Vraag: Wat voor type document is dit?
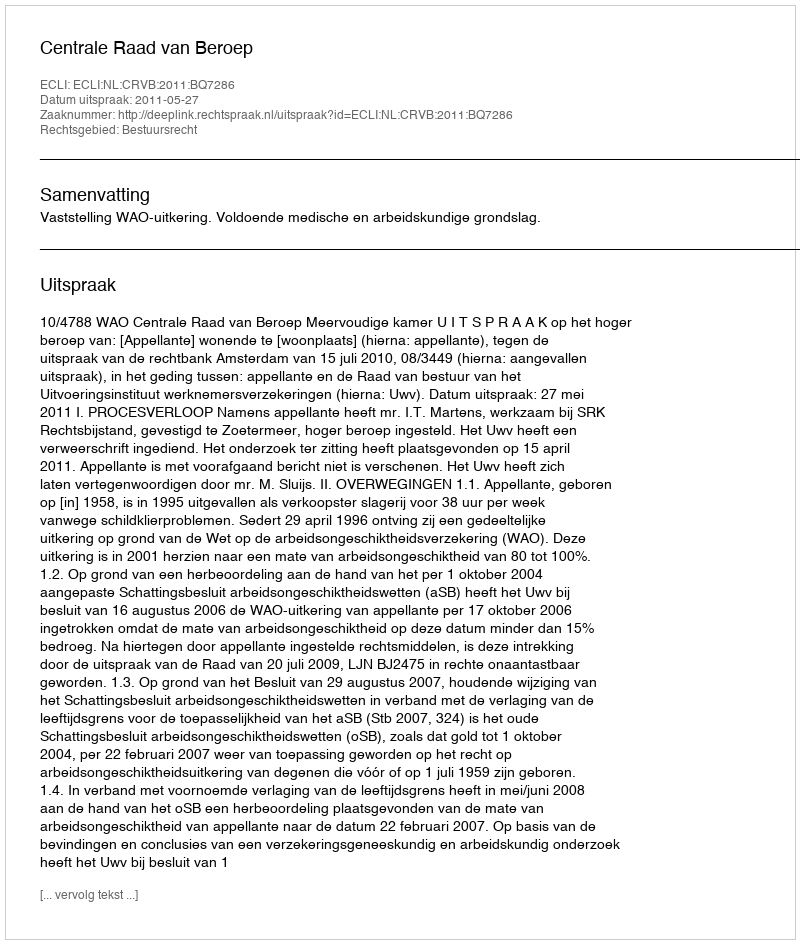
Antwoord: Uitspraak